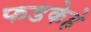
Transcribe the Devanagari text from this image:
फडकेहे